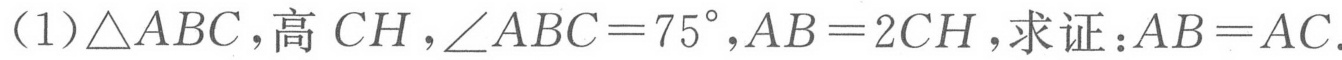
（1）\(\triangle ABC\)，高 \(CH\)，\(\angle ABC = 75^{\circ}\)，\(AB = 2CH\)，求证：\(AB = AC\).